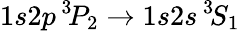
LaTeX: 1s2p\, ^{3\! }P_{2}\rightarrow 1s2s\, ^{3\! }S_{1}